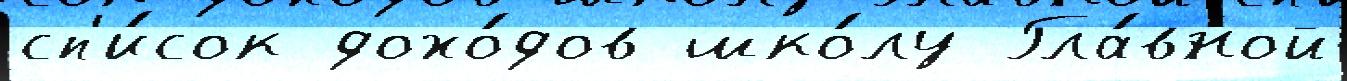
сп'и́сок дохо́дов шко́лу Гла́вной